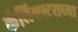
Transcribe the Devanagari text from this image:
कॅलिक्स्टसच्या